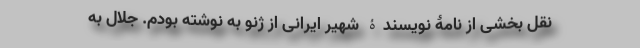
نقل بخشی از نامۀ نویسندۀ شهیر ایرانی از ژنو به نوشته بودم. جلال به